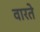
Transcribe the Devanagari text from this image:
वारते